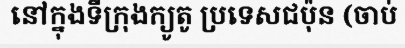
នៅក្នុងទីក្រុងក្យូតូ ប្រទេសជប៉ុន (ចាប់